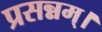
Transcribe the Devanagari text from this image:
प्रसन्नम्‌।